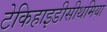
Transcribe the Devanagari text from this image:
टेकिहाइडीसीथमिया